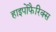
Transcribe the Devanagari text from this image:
हाइपोफैरिक्स